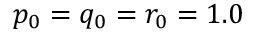
p _ { 0 } = q _ { 0 } = r _ { 0 } = 1 . 0